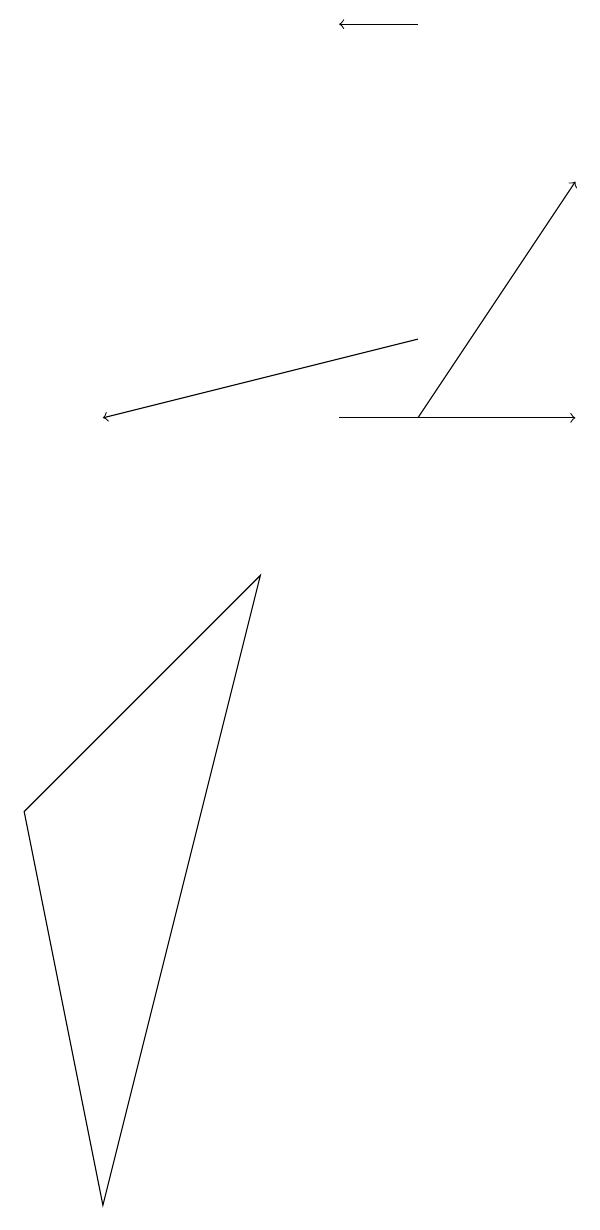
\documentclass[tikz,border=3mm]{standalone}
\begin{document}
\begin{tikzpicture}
\draw (1,0) -- (0,5) -- (3,8) -- cycle;
\draw[->] (5,10) -- (7,13);
\draw[->] (5,15) -- (4,15);
\draw[->] (5,11) -- (1,10);
\draw[->] (4,10) -- (7,10);
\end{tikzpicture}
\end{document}